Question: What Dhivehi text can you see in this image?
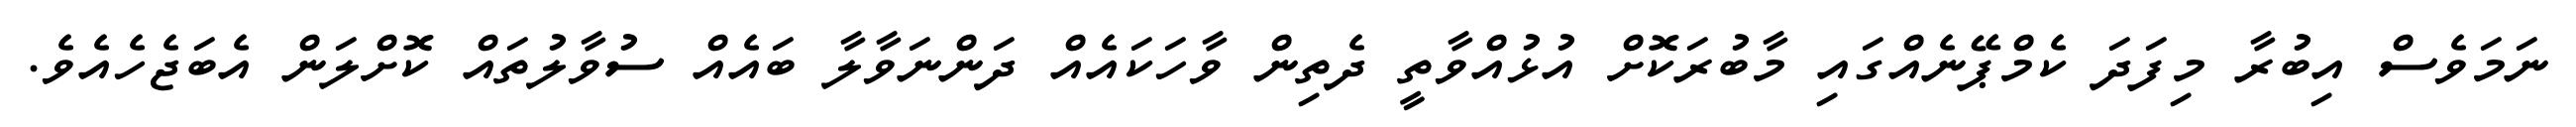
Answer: ނަމަވެސް އިބުރާ މިފަދަ ކެމްޕޭނެއްގައި މާބުރަކޮށް އުޅުއްވާތީ ދެތިން ވާހަކައެއް ދަންނަވާލާ ބައެއް ސުވާލުތައް ކޮށްލަން އެބަޖެހެއެވެ.